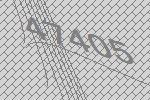
47405